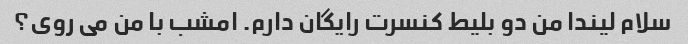
سلام لیندا من دو بلیط کنسرت رایگان دارم. امشب با من می روی؟